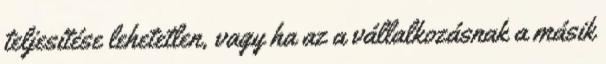
teljesítése lehetetlen, vagy ha az a vállalkozásnak a másik